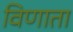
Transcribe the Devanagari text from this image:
विणाता